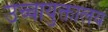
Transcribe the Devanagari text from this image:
उच्चायुक्तालय